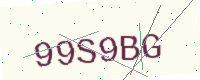
Text: 99S9BG